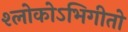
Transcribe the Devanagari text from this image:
श्लोकोऽभिगीतो